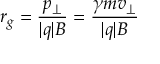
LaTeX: r _ { g } = { \frac { p _ { \perp } } { | q | B } } = { \frac { \gamma m v _ { \perp } } { | q | B } }